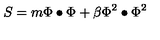
S = m \Phi \bullet \Phi + \beta \Phi ^ { 2 } \bullet \Phi ^ { 2 }